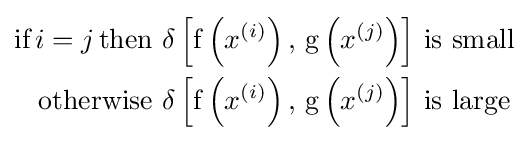
{\begin{aligned}{\text{if}}\,i=j\,{\text{then}}&\,\operatorname {\delta } \left[\operatorname {f} \left(x^{(i)}\right),\,\operatorname {g} \left(x^{(j)}\right)\right]\,{\text{is small}}\\{\text{otherwise}}&\,\operatorname {\delta } \left[\operatorname {f} \left(x^{(i)}\right),\,\operatorname {g} \left(x^{(j)}\right)\right]\,{\text{is large}}\end{aligned}}